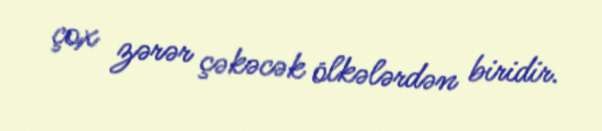
çox zərər çəkəcək ölkələrdən biridir.